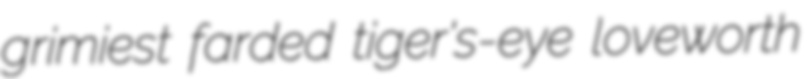
grimiest farded tiger's-eye loveworth